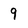
Character: 9